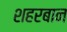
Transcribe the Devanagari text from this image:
शहरबान